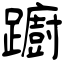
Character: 躕